Report of the Municipal Commissioner on the plague in Bombay for the year ending 31st May... - Volume 2
Disease focus: Plague
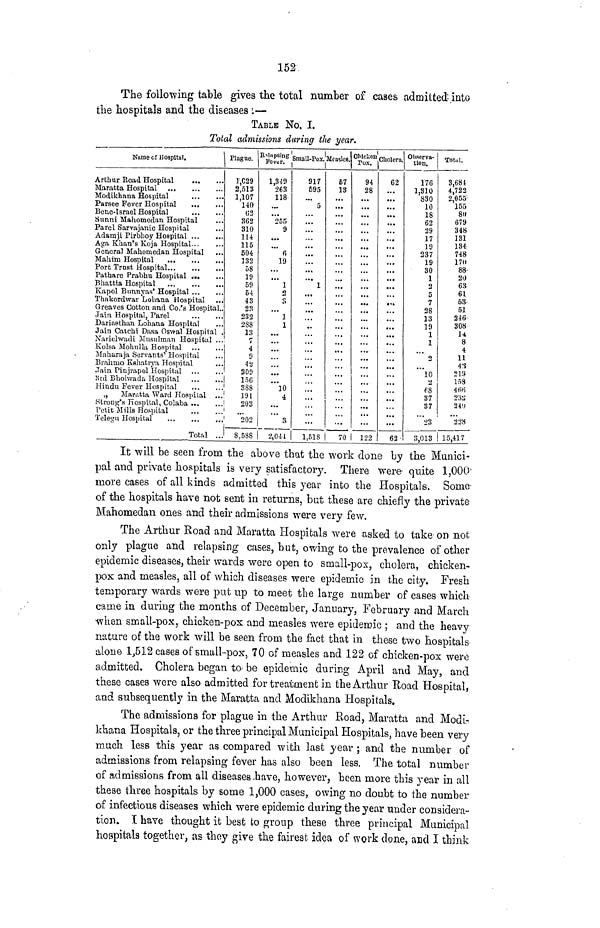
152
The following table gives the total number of cases admitted-into
the hospitals and the diseases ;—
TABLE No. I.
Total admissions during the year.
Name of Hospital.
Arthur Road Hospital
Maratta Hospital
Modikhana Hospital
Parsee Fever Hospital
Bene-lsraol Hospital
Sunni Mahomeclan Hospital
. .
Parel Sarvajanic Hospital
Adamji Pirbhoy Hospital
A<ra Khan's Koja Hospital
Genera] Malaoraedan Hospital
Mahim Hospital
Port Trust Hospital
Pathare Prabhu Hospital „..
Bhattia Hospital
Ivapol Bunnyas' Hospital
Thakordwar Lohana Hospital
Greaves Cotton and Co.'s Hospital .
Jain Hospital, Parel
Dariaathan Lohana Hospital
Jain Catchi Dasa Oswal Hospital .
XarielwtuU Musulman Hospital ...
Kolsa Mohulla Hospital
"Maharaja Servants 1 Hospital
Brahmo Kshatiya Hospital
.Tain Pinjrapol Hospital
3rd Bhohvada Hospital
Hindu Fever Hospital
, y
Maratta Ward Hospital
Strong's Hospital, Colaba .*.
Petit Mills Hospital
Telegu Hospital
Total ..
Plague.
1,C29
2,513
1,107
140
02
362
310
Hi
115
504
132
58
19
59
54
43
23
232
288
13
7
4
9
42
209
156
388
191
i
203
i
'
"202
1
8,588
B
Fo£ g^» -1
,349
263
118
*255
9
'" fi
19
"" 1
2
o
"' 1
1
"*10
4
" 3
I 2,044
917
595
5
1
...
1,518
Measles.
57
13
...
...
i
70
OWcUon cholera
94
28
...
...
1
122
62
...
...
62-
Observa-
tion.
176
1,310
830
10
18
62
29
17
19
237
19
30
1
2
5
7
28
13
19
1
1
o
10
2
68
37
37
L>3
3,013
Total.
3,684
4,722
2,055 :
155
811
679
348
131
134
748
17(1
88-
20
63
61
58
51
246-
308
14
8
4
11
4'1
219
158
466
23S
24!!
"228
! 15,417
It will be seen from the above that the work clone by the Munici-
pal and private hospitals is very satisfactory. There were' quite 1,000'
more cases of all kinds admitted this year into the Hospitals. Some-
of the hospitals have not sent in returns, but these are chiefly the private
Mahomedan ones and their admissions were very few.
The Arthur Road and Maratta Hospitals were asked to take on not.
only plague and relapsing cases, but, owing to the prevalence of other
epidemic diseases, their wards were open to small-pox, cholera, chicken-
pox and measles, all of which diseases were epidemic in the city. Fresh
temporary wards were put up to meet the large number of cases which
came in during the months of December, January, February and March
•when small-pox, chicken-pox and measles were epidemic ; and the heavy
nature of the work will be seen from the fact that in these two hospitals
alone 1,512 cases of small-pox, 70 of measles and 122 of chicken-pox were
admitted. Cholera began to- be epidemic during April and May, and
these cases were also admitted for treatment in the Arthur Road Hospital,
and subsequently in the Maratta and Modikhana Hospitals.
The admissions for plague in the Arthur Road, Maratta and Modi-
khana Hospitals, or the three principal Municipal Hospitals, have been very
much, less this year as compared with last year ; and the number of
admissions from relapsing fever has also been less. The total number
of admissions from all diseases .have, however, been more this year in all
these three hospitals by some 1,000 cases, owing no doubt to the number
of infectious diseases which were epidemic during the year under considera-
tion. I have thought it best to group these three principal Municipal
hospitals together, as they give the fairest idea of work done, and I think